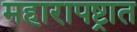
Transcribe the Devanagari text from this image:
महारापष्ट्रात